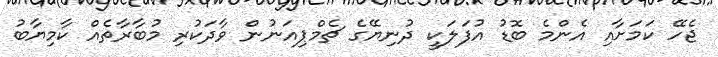
ޖެހޭ ކަމަށާއި އެންމެ ބޮޑު އުފަލަކީ ދުނިޔޭގެ ޗެމްޕިއަނުން ވާދަކުރި މުބާރާތެއް ކާމިޔާބު